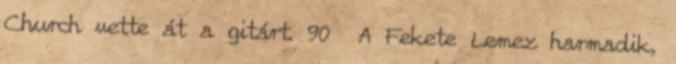
Church vette át a gitárt. 90 A Fekete Lemez harmadik,